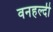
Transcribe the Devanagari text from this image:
वनहल्दी